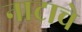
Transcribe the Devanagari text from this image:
नाटाचे